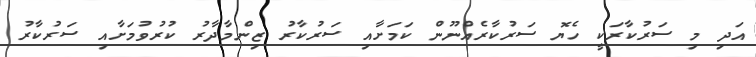
އަދި މި ސަރުކާރަކީ ހެޔޮ ސަރުކާރެއްނޫން ކަމަށާއި ސަރުކާރު ޒިންމާދާރު ކުރުވުމަށާއި ސަރުކާރު